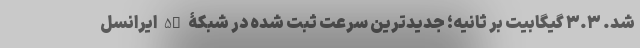
شد. ۳.۳ گیگابیت بر ثانیه؛ جدیدترین سرعت ثبت شده در شبکۀ 5G ایرانسل